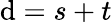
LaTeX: \mathrm{d}=s+t